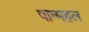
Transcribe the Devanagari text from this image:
पान्महल